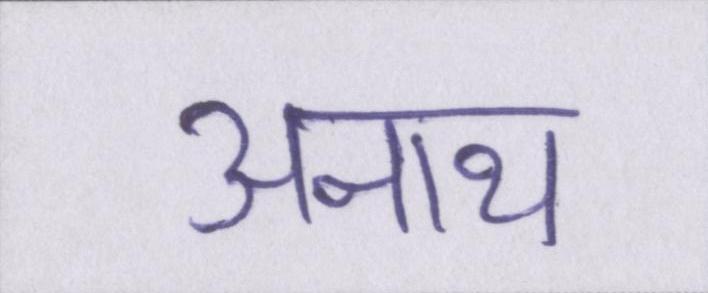
अनाथ